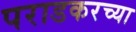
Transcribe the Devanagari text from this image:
पराडकरच्या